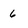
Character: 6